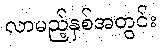
လာမည့်နှစ်အတွင်း